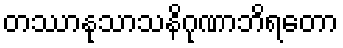
တဿာနုသာသနိဂုဏာဘိရတော